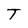
Character: T